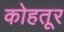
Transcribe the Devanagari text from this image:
कोहतूर